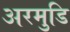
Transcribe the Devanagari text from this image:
अरमुडि